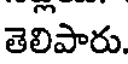
తెలిపారు.